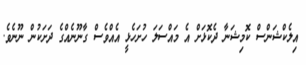
އިލެކްޝަންސް ކޮމިޝަނާ ދެކޮޅަށް އެ މައްސަލަ ހުށަހެޅީ އެއްވެސް ގާނޫނެއްގެ ދަށަކުން ނޫނެވެ.